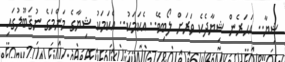
ޝިޔާ.. އަހަރެން ޝިޔާދެކެ ވަރަށް ލޯބިވޭ.. އެކަމަކު.. އެކަމަކު ޝިޔާގެ މަންމަގެ ނުޤަބޫލުގައި